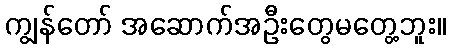
ကျွန်တော် အဆောက်အဦးတွေမတွေ့ဘူး။